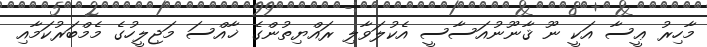
މާހިރު ޢީސާ އަކީ ނޫ ޤާނޫނުއަސާސީ އެކުލަވާލި ރައްޔިތުންގެ ޚާއްސަ މަޖިލީހުގެ މެމްބަރުކަމާއި